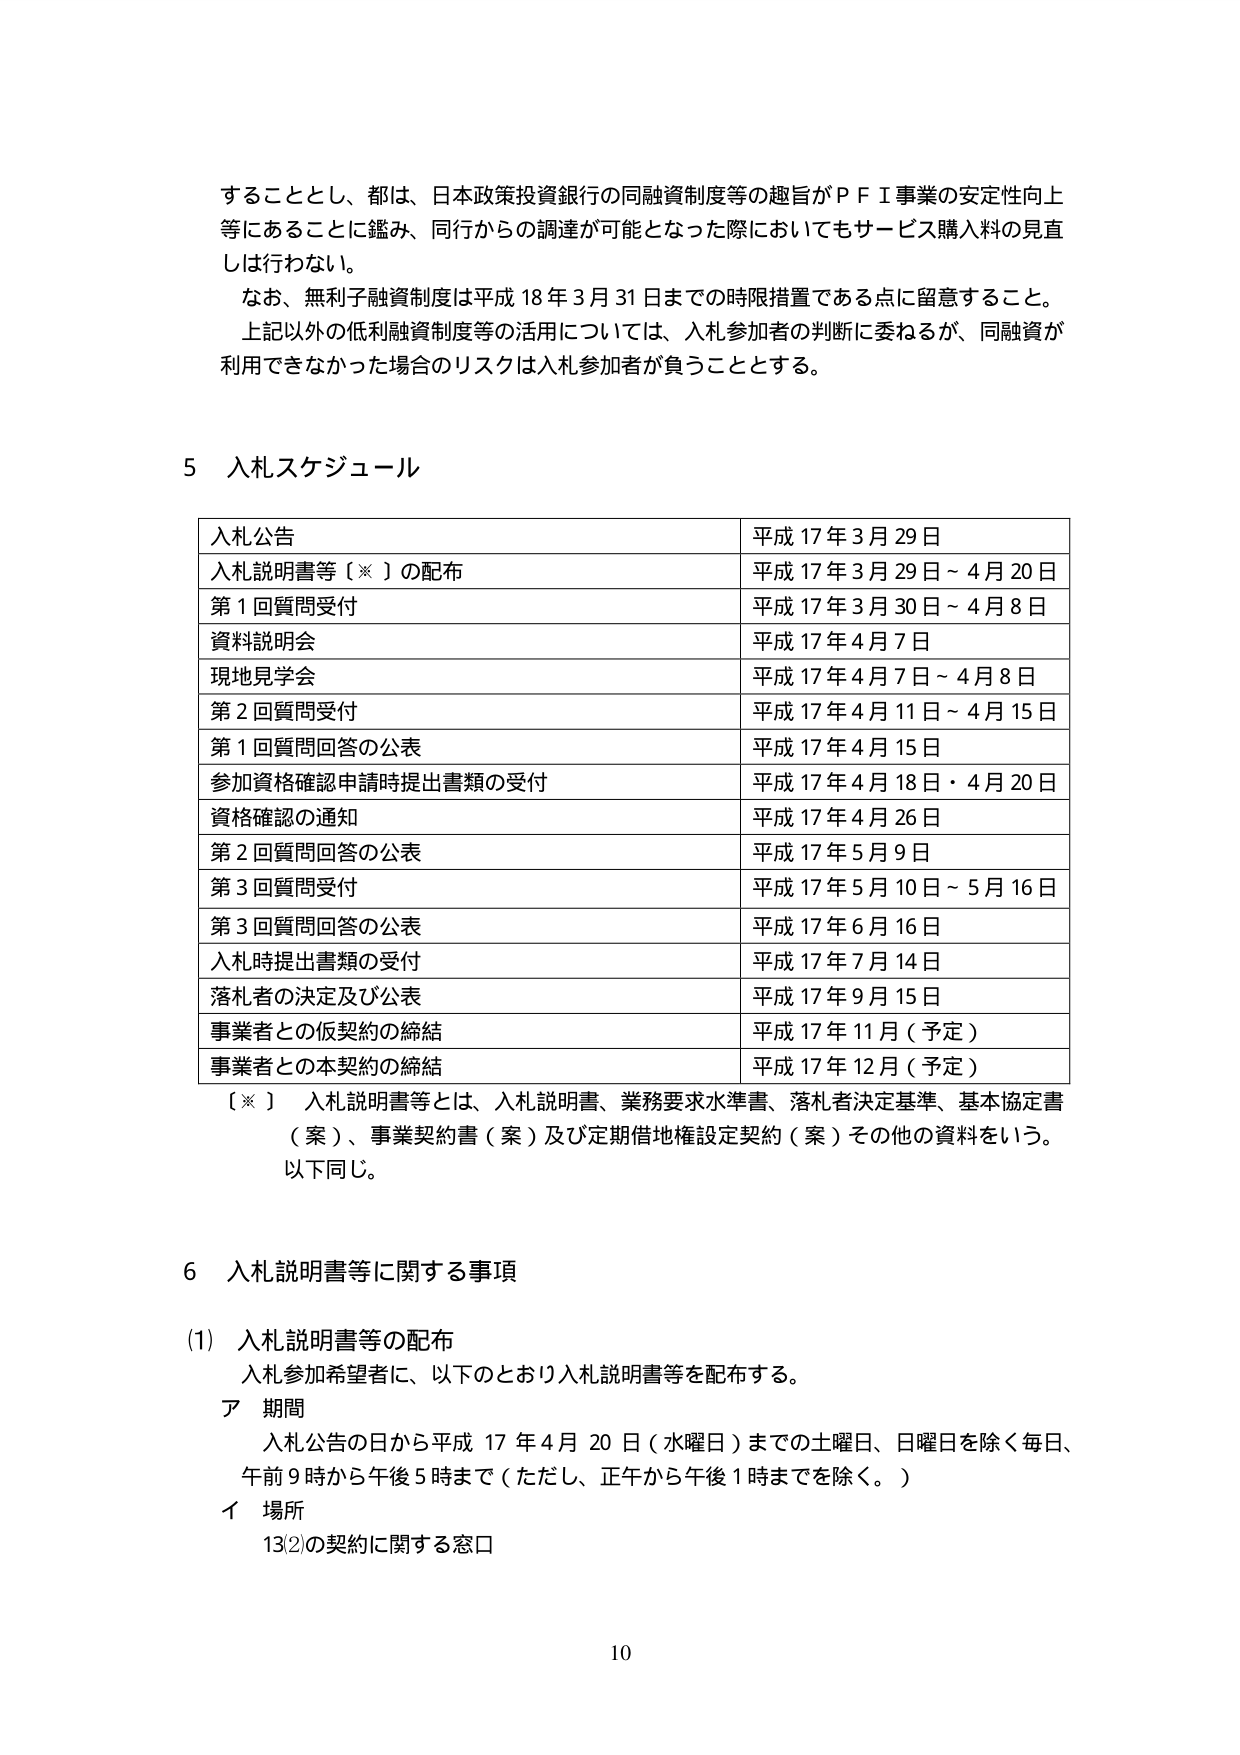
することとし、都は、日本政策投資銀行の同融資制度等の趣旨がＰＦＩ事業の安定性向上等にあることに鑑み、同行からの調達が可能となった際においてもサービス購入料の見直しは行わない。

なお、無利子融資制度は平成18年3月31日までの時限措置である点に留意すること。

上記以外の低利融資制度等の活用については、入札参加者の判断に委ねるが、同融資が利用できなかった場合のリスクは入札参加者が負うこととする。

5 入札スケジュール

入札公告 平成17年3月29日
入札説明書等〔※〕の配布 平成17年3月29日～4月20日
第1回質問受付 平成17年3月30日～4月8日
資料説明会 平成17年4月7日
現地見学会 平成17年4月7日～4月8日
第2回質問受付 平成17年4月11日～4月15日
第1回質問回答の公表 平成17年4月15日
参加資格確認申請時提出書類の受付 平成17年4月18日・4月20日
資格確認の通知 平成17年4月26日
第2回質問回答の公表 平成17年5月9日
第3回質問受付 平成17年5月10日～5月16日
第3回質問回答の公表 平成17年6月16日
入札時提出書類の受付 平成17年7月14日
落札者の決定及び公表 平成17年9月15日
事業者との仮契約の締結 平成17年11月（予定）
事業者との本契約の締結 平成17年12月（予定）

〔※〕 入札説明書等とは、入札説明書、業務要求水準書、落札者決定基準、基本協定書（案）、事業契約書（案）及び定期借地権設定契約（案）その他の資料をいう。以下同じ。

6 入札説明書等に関する事項

(1) 入札説明書等の配布
入札参加希望者に、以下のとおり入札説明書等を配布する。
ア 期間
入札公告の日から平成17年4月20日（水曜日）までの土曜日、日曜日を除く毎日、午前9時から午後5時まで（ただし、正午から午後1時までを除く。）
イ 場所
13②の契約に関する窓口

10